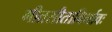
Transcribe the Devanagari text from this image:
गीतसीताविर्भावः